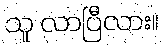
သူ လာပြီလား။